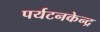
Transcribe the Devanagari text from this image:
पर्यटनकेन्द्र